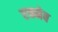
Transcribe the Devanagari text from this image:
एक्मेव